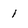
Character: 1